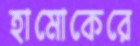
হামোকেরে